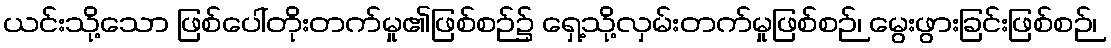
ယင်းသို့သော ဖြစ်ပေါ်တိုးတက်မှု၏ဖြစ်စဉ်၌ ရှေ့သို့လှမ်းတက်မှုဖြစ်စဉ်၊ မွေးဖွားခြင်းဖြစ်စဉ်၊